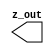
// SPDX-License-Identifier: Apache-2.0
// Copyright (C) 2019 Intel Corporation. 
//****************************************************************************************
// (C) 2011 Altera Corporation. .
//
//****************************************************************************************

//------------------------------------------------------------------------
// Description: GTIEL cell
// 
// GTIEH is a special "buffer" where the output polarity (1 or 0) can be changed 
// at M2 layer
// 
// GITEL will by default drive a constant "0"
//
//------------------------------------------------------------------------

module altr_hps_gtiel (
    output wire         z_out     // output
);

`ifdef ALTR_HPS_INTEL_MACROS_OFF
   assign z_out = 1'b0;
`else
`endif

endmodule // altr_hps_gtiel